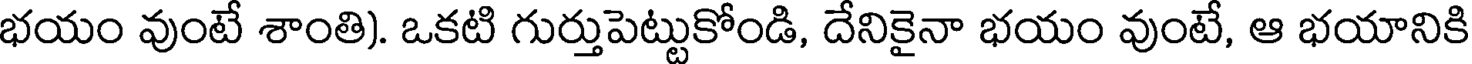
భయం వుంటే శాంతి). ఒకటి గుర్తుపెట్టుకోండి, దేనికైనా భయం వుంటే, ఆ భయానికి